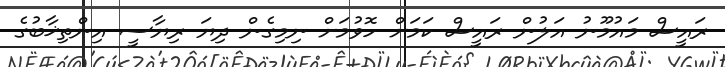
ރައީސް މައުމޫނު އަލުން ރައީސް ކަމަށް ހޮވުމަށް ނިމިގެން ދިޔަ ރިޔާސީ އިންތިޚާބުގެ